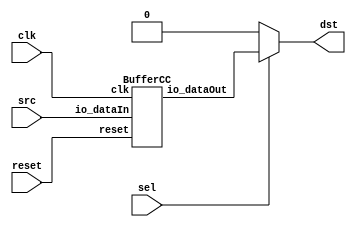
// Generator : SpinalHDL v1.4.3    git head : adf552d8f500e7419fff395b7049228e4bc5de26
// Component : unnamed
// Git hash  : adf552d8f500e7419fff395b7049228e4bc5de26



module unnamed (
  input               src,
  input               sel,
  output reg          dst,
  input               clk,
  input               reset
);
  wire                src_buffercc_io_dataOut;

  BufferCC src_buffercc (
    .io_dataIn     (src                      ), //i
    .io_dataOut    (src_buffercc_io_dataOut  ), //o
    .clk           (clk                      ), //i
    .reset         (reset                    )  //i
  );
  always @ (*) begin
    dst = 1'b0;
    if(sel)begin
      dst = src_buffercc_io_dataOut;
    end
  end


endmodule

module BufferCC (
  input               io_dataIn,
  output              io_dataOut,
  input               clk,
  input               reset
);
  (* async_reg = "true" *) reg                 buffers_0;
  (* async_reg = "true" *) reg                 buffers_1;

  assign io_dataOut = buffers_1;
  always @ (posedge clk or posedge reset) begin
    if (reset) begin
      buffers_0 <= 1'b0;
      buffers_1 <= 1'b0;
    end else begin
      buffers_0 <= io_dataIn;
      buffers_1 <= buffers_0;
    end
  end


endmodule